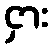
ငှား